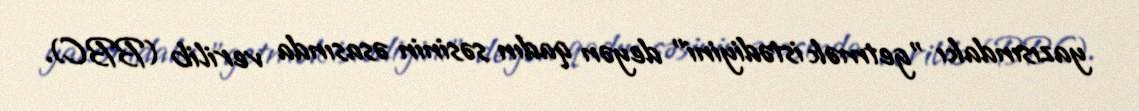
yazısındakı "getmək istədiyini" deyən qadın səsinin əsasında verilib (BBC).